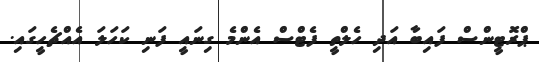
ޕްރޮޓީންސް ފައިބާ އަދި ހެލްތީ ފެޓްސް އެންމެ ގިނައީ ފަނި ކަހަލަ އެއްޗެހީގައި.